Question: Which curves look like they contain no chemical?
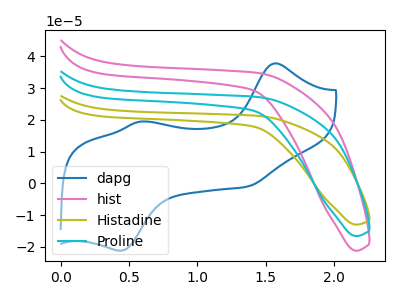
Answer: <think>The blue curve "dapg" has anodic peaks at (1.55V, 37.80uA) (0.60V, 19.45uA) and cathodic peaks at (1.35V, -1.00uA) (0.45V, -21.20uA). The pink curve "hist" has no peaks. The olive curve "Histadine" has no peaks. The cyan curve "Proline" has no peaks.</think>
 <answer>"hist", "Histadine" and "Proline" are likely to be blanks.</answer>
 <eval>"hist", "Histadine", "Proline"</eval>